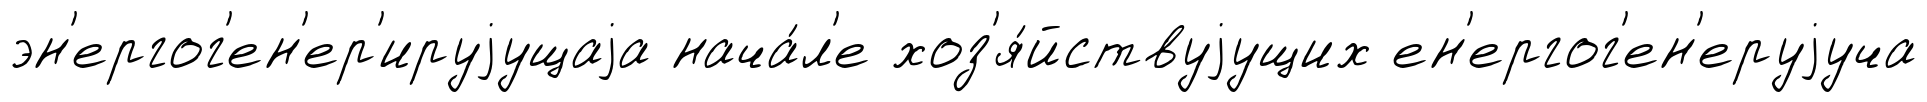
эн'ергог'ен'ер'ируjущаjа нача́л'е хоз'я́йствуjущих ен'ергог'ен'еруjуча